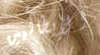
الإيطاليين